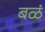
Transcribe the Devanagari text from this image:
बळं